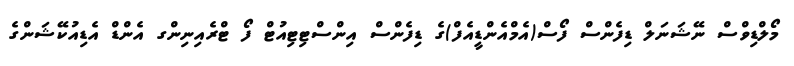
މޯލްޑިވްސް ނޭޝަނަލް ޑިފެންސް ފޯސް(އެމްއެންޑީއެފް)ގެ ޑިފެންސް އިންސްޓިޓިއުޓް ފޯ ޓްރެއިނިންގ އެންޑް އެޑިއުކޭޝަންގެ